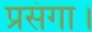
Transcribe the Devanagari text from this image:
प्रसंगा।